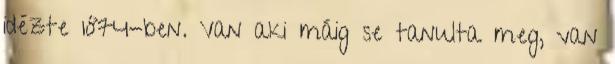
idézte 1874-ben. Van aki máig se tanulta meg, van